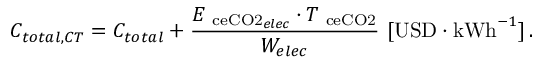
C _ { t o t a l , C T } = C _ { t o t a l } + \frac { { E _ { \mathrm { \ c e { C O 2 } } _ { e l e c } } \cdot T _ { \mathrm { \ c e { C O 2 } } } } } { W _ { e l e c } } \ [ \mathrm { U S D } \cdot \mathrm { k W h } ^ { - 1 } ] \, .